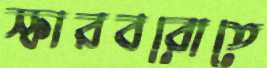
স্কারবরোতে